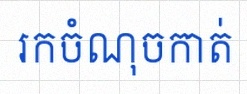
រកចំណុចកាត់